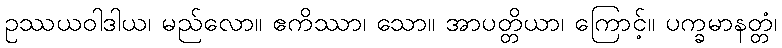
ဥဿယဝါဒါယ၊ မည်လော။ ဧကိဿာ၊ သော။ အာပတ္တိယာ၊ ကြောင့်။ ပက္ခမာနတ္တံ၊